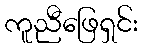
ကူညီဖြေရှင်း